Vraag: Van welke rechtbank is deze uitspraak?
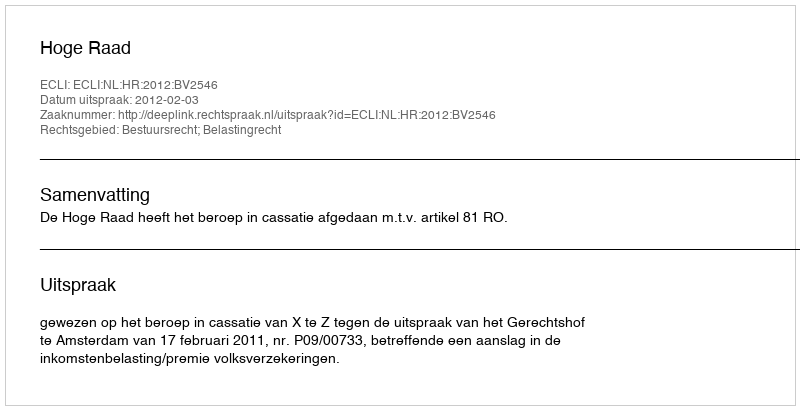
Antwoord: Hoge Raad